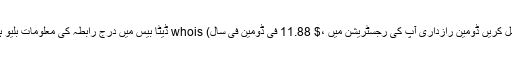
جب آپ شامل کریں ڈومین رازداری آپ کی رجسٹریشن میں ،$ 11.88 فی ڈومین فی سال) whois ڈیٹا بیس میں درج رابطہ کی معلومات بلیو ہوسٹ ہوگی۔